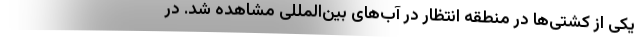
یکی از کشتی‌ها در منطقه انتظار در آب‌های بین‌المللی مشاهده شد. در